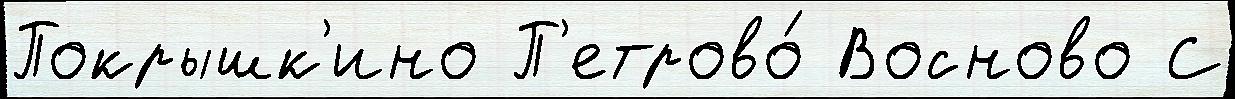
Покрышк'ино П'етрово́ Восново С